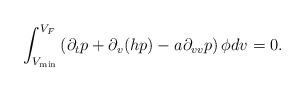
LaTeX: \begin{align*} \int_{V_{\min}}^{V_{F}} \left(\partial_{t}p+\partial_{v}(hp)-a\partial_{v v}p\right)\phi dv=0.\end{align*}